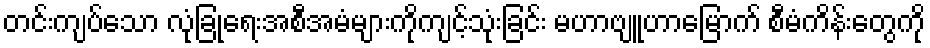
တင်းကျပ်သော လုံခြုံရေးအစီအမံများကိုကျင့်သုံးခြင်း မဟာဗျူဟာမြောက် စီမံကိန်းတွေကို